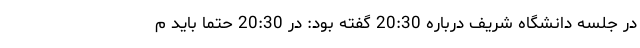
در جلسه دانشگاه شریف درباره 20:30 گفته بود: در 20:30 حتماً باید م